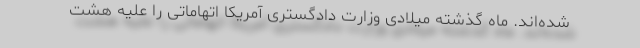
شده‌اند. ماه گذشته میلادی وزارت دادگستری آمریکا اتهاماتی را علیه هشت